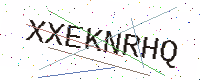
Text: XXEKNRHQ